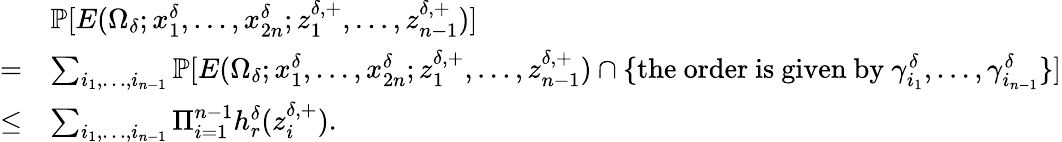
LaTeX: \begin{array}{rl}&{\mathbb{P}[E(\Omega_{\delta};x_{1}^{\delta},\ldots,x_{2n}^{\delta};z_{1}^{\delta,+},\ldots,z_{n-1}^{\delta,+})]}\\ {=}&{\sum_{i_{1},\ldots,i_{n-1}}\mathbb{P}[E(\Omega_{\delta};x_{1}^{\delta},\ldots,x_{2n}^{\delta};z_{1}^{\delta,+},\ldots,z_{n-1}^{\delta,+})\cap\{ \mathrm{the~order~is~given~by~}\gamma_{i_{1}}^{\delta},\ldots,\gamma_{i_{n-1}}^{\delta}\} ]}\\ {\le}&{\sum_{i_{1},\ldots,i_{n-1}}\Pi_{i=1}^{n-1}h_{r}^{\delta}(z_{i}^{\delta,+}).}\end{array}